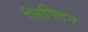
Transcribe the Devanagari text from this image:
लिफ्टिन